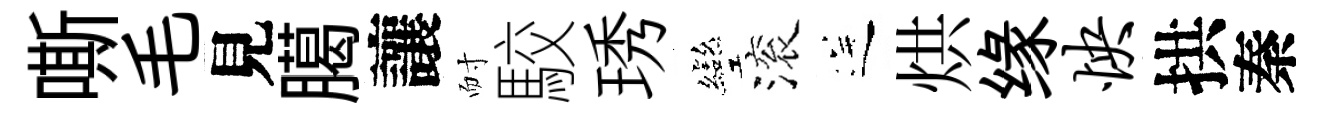
嘶毛見臈讓耐駮琇彎滚送烘缘怏拱秦